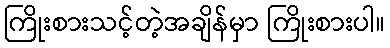
ကြိုးစားသင့်တဲ့အချိန်မှာ ကြိုးစားပါ။